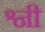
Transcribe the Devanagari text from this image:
श्नी